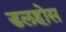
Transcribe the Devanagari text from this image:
डलहोस